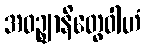
အဝဉ္ဈာနိတွေဝါဟံ